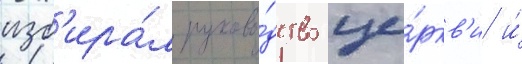
изб'ира́л руково́дство це́ркв'и и́